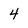
Character: 4